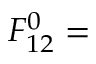
F _ { 1 2 } ^ { 0 } =